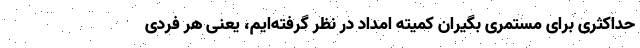
حداکثری برای مستمری بگیران کمیته امداد در نظر گرفته‌ایم، یعنی هر فردی